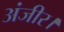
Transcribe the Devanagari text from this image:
अंजीर।